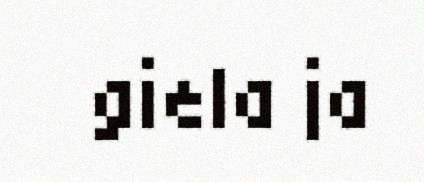
giela ja